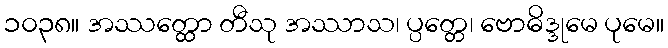
၁၀၃၈။ အဿတ္ထော တီသု အဿာသ၊ ပ္ပတ္တေ၊ ဗောဓိဒ္ဒုမေ ပုမေ။